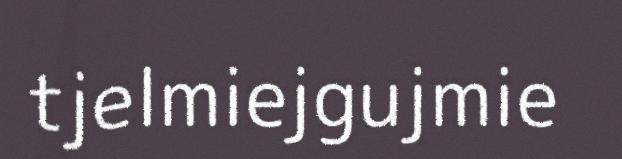
tjelmiejgujmie